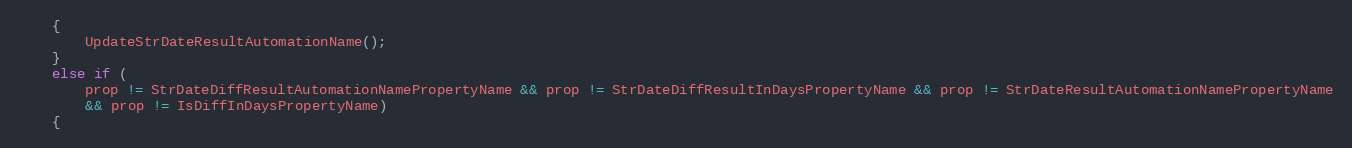
Language: C++
    {
        UpdateStrDateResultAutomationName();
    }
    else if (
        prop != StrDateDiffResultAutomationNamePropertyName && prop != StrDateDiffResultInDaysPropertyName && prop != StrDateResultAutomationNamePropertyName
        && prop != IsDiffInDaysPropertyName)
    {